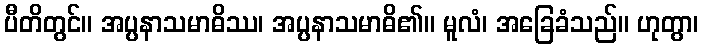
ပီတိတွင်။ အပ္ပနာသမာဓိဿ၊ အပ္ပနာသမာဓိ၏။ မူလံ၊ အခြေခံသည်။ ဟုတွာ၊